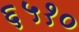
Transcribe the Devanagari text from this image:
६५१०